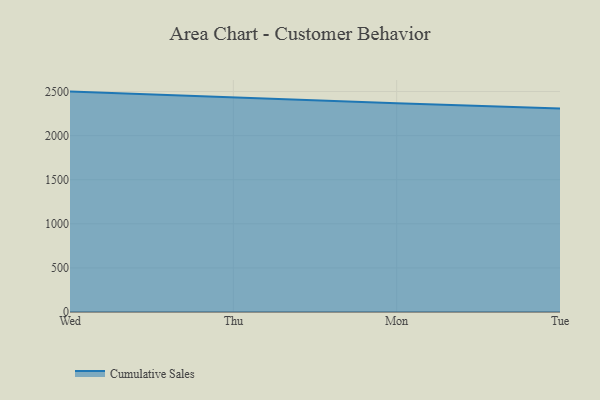
{"axis": {"x": "Day", "y": "Gross Profit (USD K)"}, "legend": ["Cumulative Sales"], "data": [{"x": "Wed", "y": 2499.3, "type": "Cumulative Sales"}, {"x": "Thu", "y": 2432.2, "type": "Cumulative Sales"}, {"x": "Mon", "y": 2366.5, "type": "Cumulative Sales"}, {"x": "Tue", "y": 2308.6, "type": "Cumulative Sales"}]}